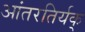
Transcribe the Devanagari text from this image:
आंतरतिर्यक्‌